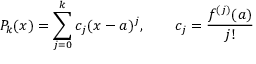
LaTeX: P _ { k } ( x ) = \sum _ { j = 0 } ^ { k } c _ { j } ( x - a ) ^ { j } , \qquad c _ { j } = { \frac { f ^ { ( j ) } ( a ) } { j ! } }